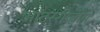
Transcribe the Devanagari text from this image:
आंतरराष्‍ट्रीय